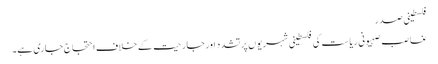
فلسطینی صدر
غاصب صہیونی ریاست کی فلسطینی شہریوں پر تشدد اور جارحیت کے خلاف احتجاج جاری ہے۔